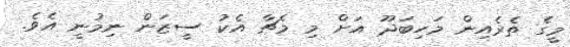
މީގެ ތެރެއިން މަހިބަދޫ އަށް މި މެޗާ އެކު ސީޒަން ނިމުނީ އެވެ.